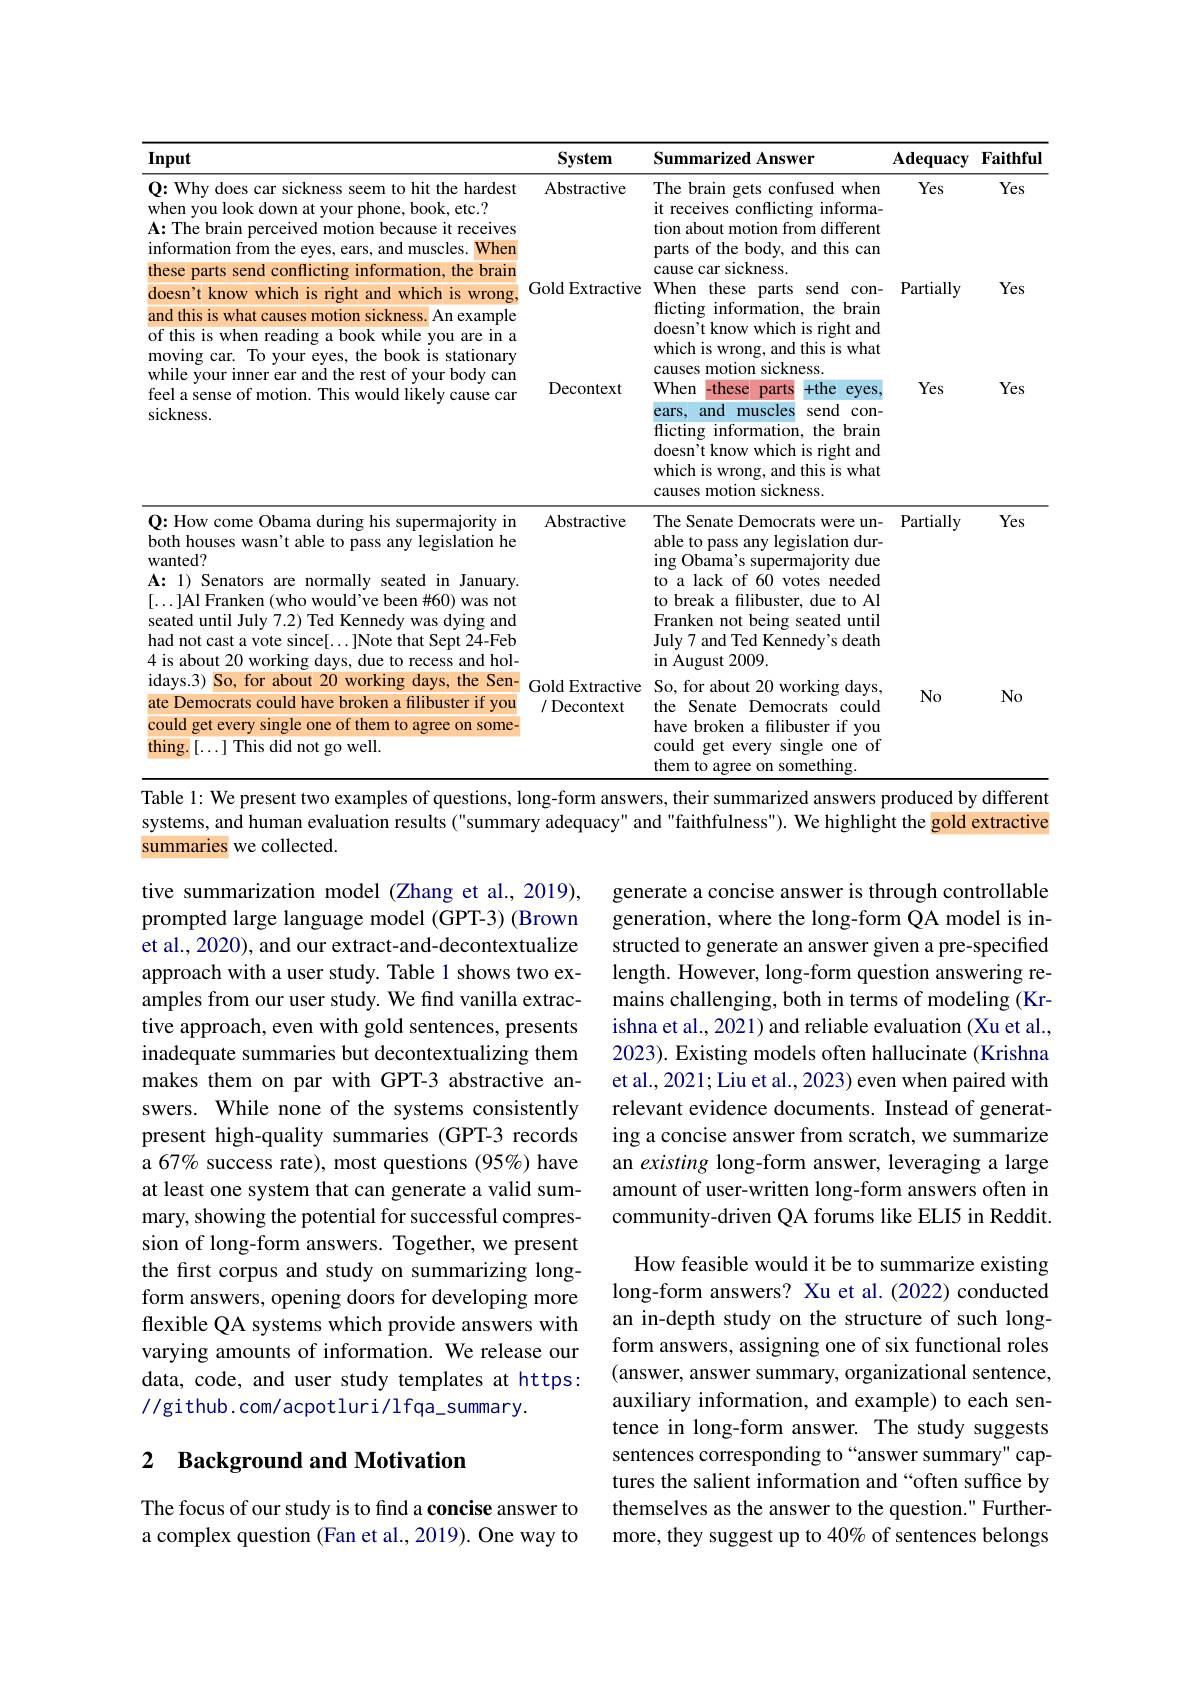
<table>
	<tbody>
		<tr>
			<th>Input</th>
			<th>System</th>
			<th>Summarized Answer</th>
			<th>$\mathbf{Adequacy}$</th>
			<th>$\mathbf{Faithful}$</th>
		</tr>
		<tr>
			<td>$\mathbf{Q}{:}$Why does car sickness seem to hit the hardest when you look down at your phone, book, etc.? $\mathbf{A:}$The brain perceived motion because it receives information from the eyes, ears, and muscles. 11 When these parts send conflicting information, the braim</td>
			<td>Abstractive</td>
			<td>The brain gets confused when it receives conflicting informa- tion about motion from different parts of the body, and this can cause car sickness.</td>
			<td>Yes</td>
			<td>Yes</td>
		</tr>
		<tr>
			<td>doesn't know which is right and which is wrong and this is what causes motion sickness. An example of this is when reading a book while you are in a moving car. To your eyes, the book is stationary while your inner ear and the rest of your body can feel a sense of motion. This would likely cause car sickness.</td>
			<td>Gold Extractive Decontext</td>
			<td>When these send $con-$ parts flicting information, the brain doesn't know which is right and which is wrong, and this is what causes motion sickness. When -these parts $+the$ $eyes.$ and muscles send $con-$ $ears.$ ${\mathrm{flicting}}$ brain information, the</td>
			<td>Partially Yes</td>
			<td>Yes Yes</td>
		</tr>
		<tr>
			<td>$\mathbf{Q}{:}$How come Obama during his supermajority in both houses wasn't able to pass any legislation he wanted? $\mathbf{A}{:}1)$ Senators are normally seated in January $[\ldots]$Al Franken (who would've been #60) was not seated until July 7.2) Ted Kennedy was dying and had not cast a vote 21 e that Sent 24. Feb</td>
			<td>Abstractive</td>
			<td>The Senate Democrats were un- able to pass any legislation dur- ing Obama's supermajority due to a lack of 60 votes needed to break a filibuster, due to Al Franken not being seated until July 7 and Ted Kennedy's death</td>
			<td>Partially</td>
			<td>Yes</td>
		</tr>
		<tr>
			<td>$\operatorname{idays.3}$ ) So, for about 20 working days, the Sen- ate Democrats could have broken a filibuster if you could get every single one of them to agree on some thing.[...] This did not go well.</td>
			<td>Gold Extractive / Decontext</td>
			<td>${\textcircled{2}}^{*}$ So, for about 20 working days, the Senate Democrats c could have broken a filibuster if you could get every single one of them to agree on something.</td>
			<td>$No$</td>
			<td>$No$</td>
		</tr>
	</tbody>
</table>

Table 1: We present two examples of questions, long-form answers, their summarized answers produced by different

systems, and human evaluation results ("summary adequacy" and "faithfulness"). We highlight the gold extractive
summaries we collected.

tive summarization model (Zhang et al., 2019), prompted large language model (GPT-3) (Brown et al., 2020), and our extract-and-decontextualize approach with a user study. Table 1 shows two examples from our user study. We find vanilla extractive approach, even with gold sentences, presents inadequate summaries but decontextualizing them makes them on par with GPT-3 abstractive answers. While none of the systems consistently present high-quality summaries (GPT-3 records a 67% success rate), most questions (95%) have at least one system that can generate a valid summary, showing the potential for successful compression of long-form answers. Together, we present the first corpus and study on summarizing longform answers, opening doors for developing more flexible QA systems which provide answers with varying amounts of information. We release our data, code, and user study templates at https: //github.com/acpotluri/lfqa\_summary.

generate a concise answer is through controllable generation, where the long-form QA model is instructed to generate an answer given a pre-specified length. However, long-form question answering remains challenging, both in terms of modeling (Krishna et al., 2021) and reliable evaluation (Xu et al., 2023). Existing models often hallucinate (Krishna et al., 2021; Liu et al., 2023) even when paired with relevant evidence documents. Instead of generating a concise answer from scratch, we summarize an existing long-form answer, leveraging a large amount of user-written long-form answers often in community-driven QA forums like ELI5 in Reddit.
How feasible would it be to summarize existing long-form answers? Xu et al.(2022) conducted an in-depth study on the structure of such longform answers, assigning one of six functional roles (answer, answer summary, organizational sentence, auxiliary information, and example) to each sentence in long-form answer. The study suggests sentences corresponding to“answer summary" captures the salient information and “often suffice by themselves as the answer to the question." Furthermore, they suggest up to 40% of sentences belongs

# 2 Background and Motivation

The focus of our study is to find a concise answer to a complex question (Fan et al., 2019). One way to